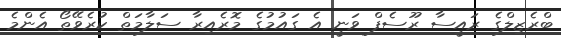
ބްރެޒިލްގެ ރައީސާ ރޫސެފް ވަނީ އެ ގައުމުގެ މޮރެއިރާ ސަލާމަތް ކުރެވޭތޯ އެންމެ